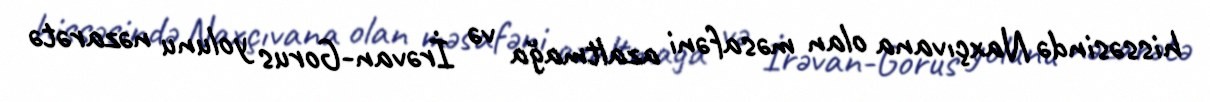
hissəsində Naxçıvana olan məsafəni azaltmağa və İrəvan-Gorus yolunu nəzarətə